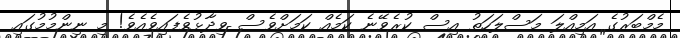
މެމްބަރުގެ އަމިއްލަ މަސްލަހަތު އިސް ކުރެވޭނެ ކަމެއް ކަމަށްވެސް ވިދާޅުވެފައިވެއެވެ! މި ނިންމުމުގައި